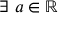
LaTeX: \exists ~ a \in \mathbb { R }